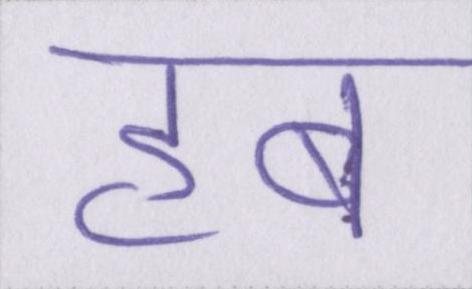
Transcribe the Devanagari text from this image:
हब